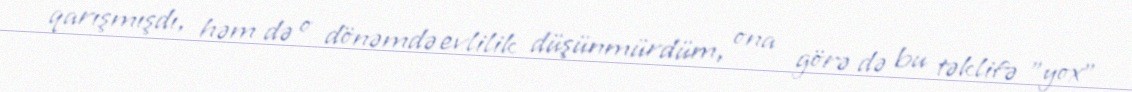
qarışmışdı, həm də o dönəmdə evlilik düşünmürdüm, ona görə də bu təklifə ”yox"